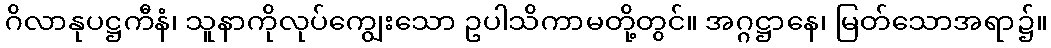
ဂိလာနုပဋ္ဌကီနံ၊ သူနာကိုလုပ်ကျွေးသော ဥပါသိကာမတို့တွင်။ အဂ္ဂဋ္ဌာနေ၊ မြတ်သောအရာ၌။